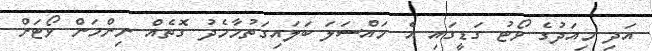
އަދި މިއަދުގެ ވޯޓު ގަޑީގައި އެ މައްސަލަ ބަލައިގަތުމާމެދު ގޮތެއް ނިންމަން ވޯޓަށް